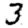
Digit: 3